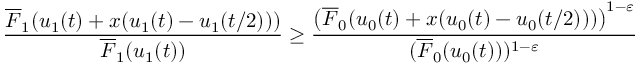
\frac { \overline { { F } } _ { 1 } ( u _ { 1 } ( t ) + x ( u _ { 1 } ( t ) - u _ { 1 } ( t / 2 ) ) ) } { \overline { { F } } _ { 1 } ( u _ { 1 } ( t ) ) } \ge \frac { \big ( \overline { { F } } _ { 0 } ( u _ { 0 } ( t ) + x ( u _ { 0 } ( t ) - u _ { 0 } ( t / 2 ) ) ) \big ) ^ { 1 - \varepsilon } } { ( \overline { { F } } _ { 0 } ( u _ { 0 } ( t ) ) ) ^ { 1 - \varepsilon } }